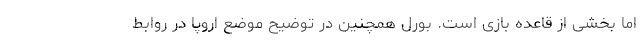
اما بخشی از قاعده بازی است. بورل همچنین در توضیح موضع اروپا در روابط